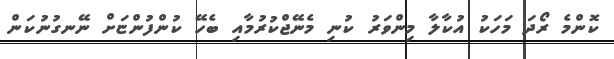
ކޮންމެ ރޯދަ މަހަކު އުކާލާ މިންވަރު ކުނި މެނޭޖްކުުރުމާއި ބެހޭ ކުންފުންޏަށް ނޭނގުނުކަން